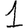
Digit: 1